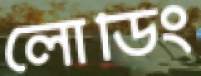
লোডিং